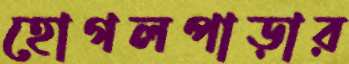
হোগলপাড়ার